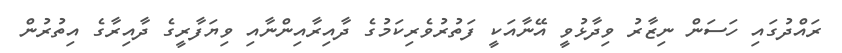
ރައްދުގައި ހަސަން ނިޒާރު ވިދާޅުވީ އޭނާއަކީ ފަތުރުވެރިކަމުގެ ދާއިރާއިންނާއި ވިޔަފާރީގެ ދާއިރާގެ އިތުރުން